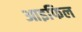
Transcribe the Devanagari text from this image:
आइफिल